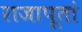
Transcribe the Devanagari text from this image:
राजापूतां